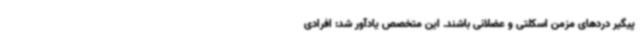
پیگیر دردهای مزمن اسکلتی و عضلانی باشند. این متخصص یادآور شد: افرادی